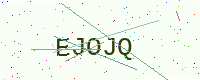
Text: EJOJQ